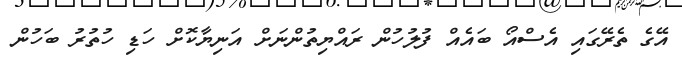
އޭގެ ތެރޭގައި އެސްއޯ ބައެއް ފުލުހުން ރައްޔިތުންނަށް އަނިޔާކޮށް ހަޑި ހުތުރު ބަހުން